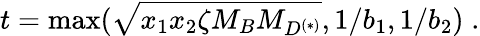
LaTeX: t=\mathrm{max}(\sqrt{x_{1}x_{2}\zeta M_{B}M_{D^{(*)}}},1/b_{1},1/b_{2})\; .